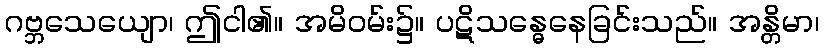
ဂဗ္ဘသေယျော၊ ဤငါ၏။ အမိဝမ်း၌။ ပဋိသန္ဓေနေခြင်းသည်။ အန္တိမာ၊